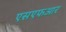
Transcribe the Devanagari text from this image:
एसएफआर